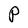
Character: P